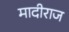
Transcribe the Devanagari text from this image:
मादीराज